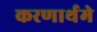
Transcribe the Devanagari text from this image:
करणार्थमे